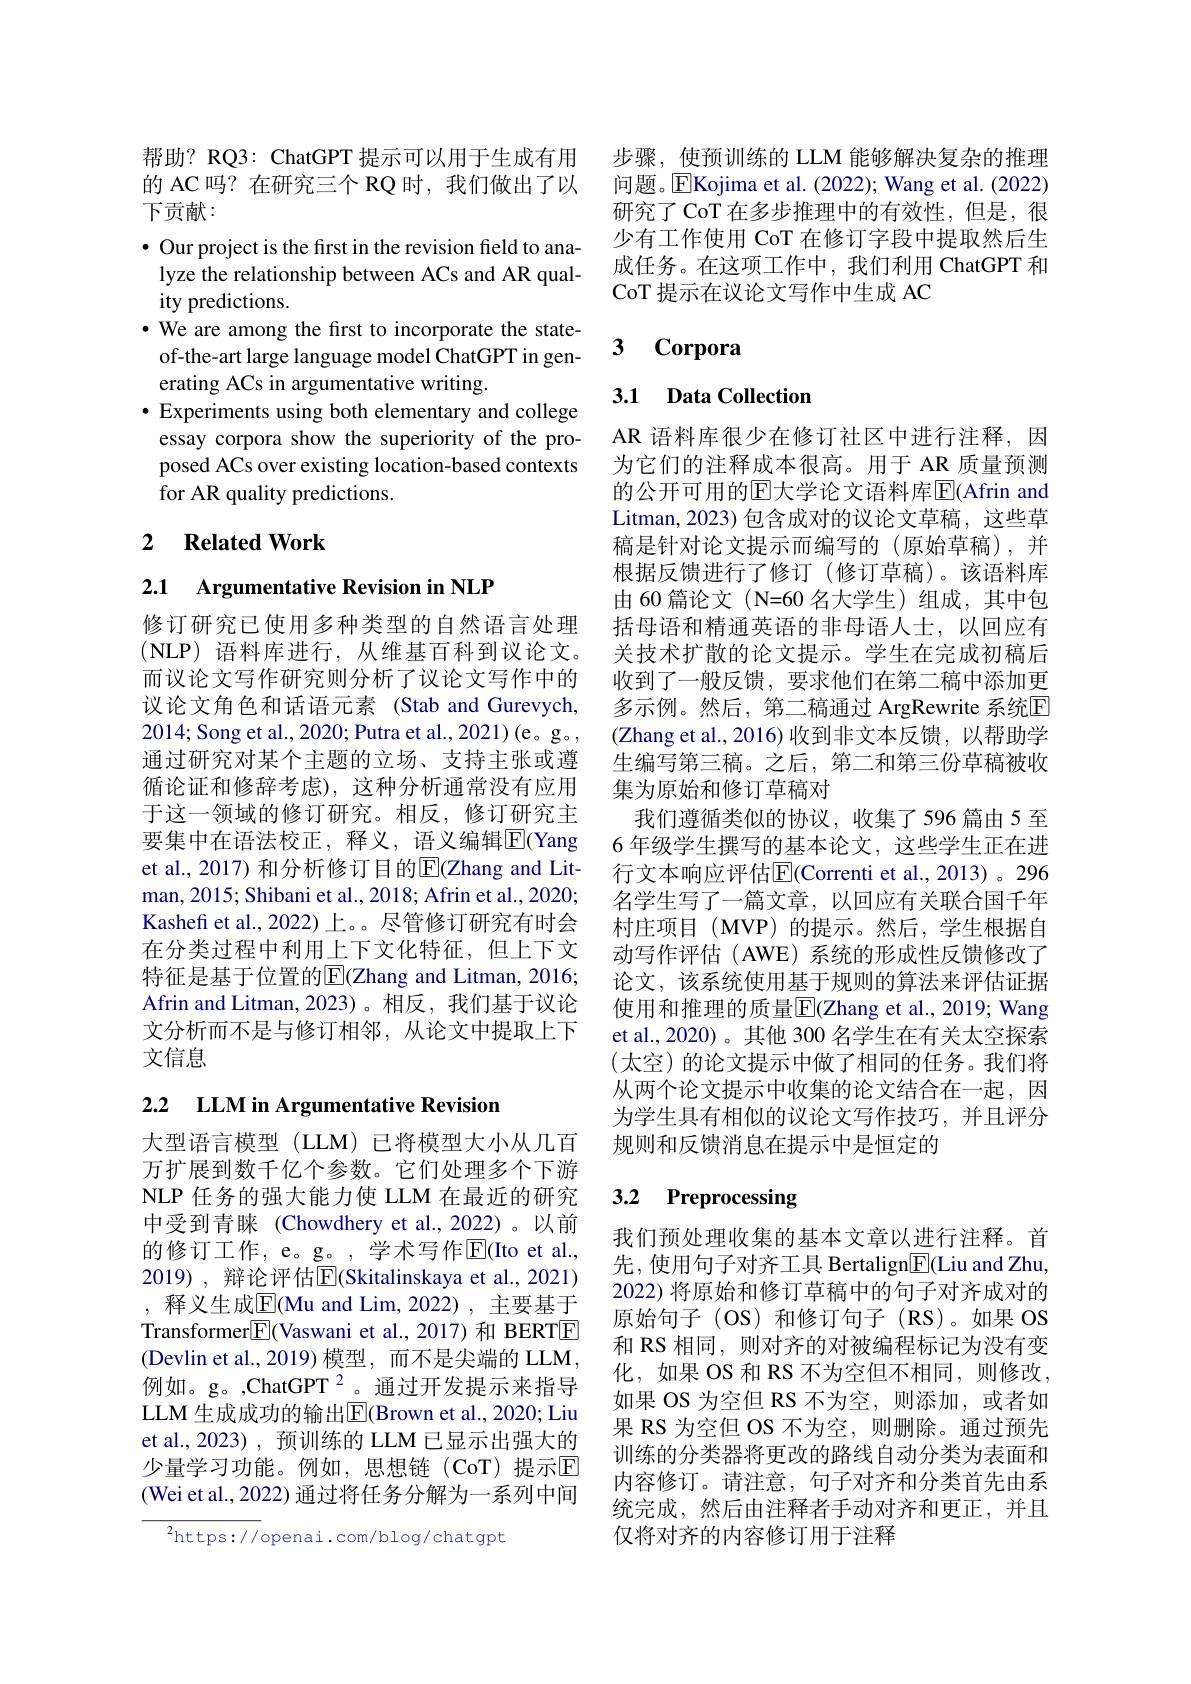
的 AC 吗？在研究三个 RQ 时，我们做出了以
下贡献：
· Our project is the first i
lyze the relationship between ACs and AR qual-
ity predictions.
$\cdot$ We are among the first to incorporate the stateof-the-art large language model ChatGPT in generating ACs in argumentative
· Experiments using both elementary and college
essay corpora show the super posed ACs over existing location-based contexts for AR quality predictions.

## 2 Related Work

2.1 Argumentative Revision in NLP

修订研究已使用多种类型的自然语言处理(NLP)语料库进行，从维基百科到议论文。而议论文写作研究则分析了议论文写作中的议论文角色和话语元素 (Stab and Gurevych, 2014; Song et al., 2020; Putra et al., 2021)(e。g。, 通过研究对某个主题的立场、支持主张或遵循论证和修辞考虑),这种分析通常没有应用于这一领域的修订研究。相反，修订研究主要集中在语法校正，释义，语义编辑$\overline{\mathrm{E}}$(Yang man, 2015; Shibani et al., 2018; Afrin et al., 2020; Kashefi et al.,2022) 上。。尽管修订研究有时会在分类过程中利用上下文化特征，但上下文特征是基于位置的E(Zhang and Litm Afrin and Litman, 2023)。相反，我们基于议论文分析而不是与修订相邻，从论文中提取上下文信息

## 2.2 LLM in Argumentative Revision

大型语言模型(LLM)已将模型大小从几百万扩展到数千亿个参数。它们处理多个下游NLP 任务的强大能力使 LLM 在最近的研究中受到青睐(Chowdhery et al.,2022)。以前的修订工作，e。g。, 学术写作$\operatorname{E}($Ito et al., 2019) , 辩论评估$\overline{\mathrm{E}}($Skitalinskaya et al.,2021) , 释义生成$\overline{\mathrm{E}}($Mu and Lim,2022), 主要基于Transformer$\boxed{\mathrm{F}}($Vaswani et al.,2017) 和 BERTE (Devlin et al.,2019) 模型，而不是尖端的 LLM, 例如。g。,ChatGPT $^{2}$。通过开发提示来指导LLM 生成成功的输出E$| ( Brown et al. , 2020; Liu$ et al.,2023) ,预训练的 LLM 已显示出强大的少量学习功能。例如，思想链(CoT)提示回(Wei et al., 2022) 通过将任务分解为一系列中间

$^{2}$https://openai.com/blog/chatgpt

帮助？RQ3: ChatGPT 提示可以用于生成有用 步骤，使预训练的 LLM 能够解决复杂的推理
问题。$\overline{\mathrm{E}}$Kojima et al.(2022); Wang et al.(2022) 研究了 CoT 在多步推理中的有效性，但是，很少有工作使用 CoT 在修订字段中提取然后生成任务。在这项工作中，我们利用 ChatGPT 和CoT 提示在议论文写作中生成 AC

# 3 Corpora

# 3.1 Data Collection

AR 语料库很少在修订社区中进行注释，因为它们的注释成本很高。用于 AR 质量预测的公开可用的E大学论文语料库E$( Afrin$ and Litman,2023)包含成对的议论文草稿，这些草稿是针对论文提示而编写的(原始草稿),并根据反馈进行了修订(修订草稿)。该语料库由 60 篇论文 (N=60 名大学生)组成，其中包括母语和精通英语的非母语人士，以回应有关技术扩散的论文提示。学生在完成初稿后收到了一般反馈，要求他们在第二稿中添加更多示例。然后，第二稿通过 ArgRewrite 系统回(Zhang et al.,2016)收到非文本反馈，以帮助学生编写第三稿。之后，第二和第三份草稿被收集为原始和修订草稿对
我们遵循类似的协议，收集了596篇由5至6 年级学生撰写的基本论文，这些学生正在进行文本响应评估E$( Correnti et al. , 2013) 。296$ 名学生写了一篇文章，以回应有关联合国千年村庄项目(MVP)的提示。然后，学生根据自动写作评估(AWE)系统的形成性反馈修改了论文，该系统使用基于规则的算法来评估证据使用和推理的质量$\boxed{\mathrm{F}}($Zhang et al., 2019; Wang et al., 2020)。其他 300 名学生在有关太空探索(太空)的论文提示中做了相同的任务。我们将从两个论文提示中收集的论文结合在一起，因为学生具有相似的议论文写作技巧，并且评分规则和反馈消息在提示中是恒定的

# 3.2 Preprocessing

我们预处理收集的基本文章以进行注释。首先，使用句子对齐工具 Bertalign$\boxed{\mathrm{F}}($Liu and Zhu, 2022) 将原始和修订草稿中的句子对齐成对的原始句子(OS)和修订句子(RS)。如果OS 和 RS 相同，则对齐的对被编程标记为没有变化，如果 OS 和 RS 不为空但不相同，则修改， 如果 OS 为空但 RS 不为空，则添加，或者如果 RS 为空但 OS 不为空，则删除。通过预先训练的分类器将更改的路线自动分类为表面和内容修订。请注意，句子对齐和分类首先由系统完成，然后由注释者手动对齐和更正，并且仅将对齐的内容修订用于注释